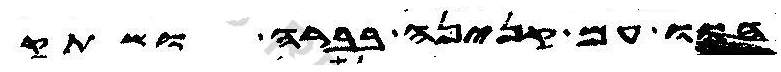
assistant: הוו עם קנינה בברה ושתק